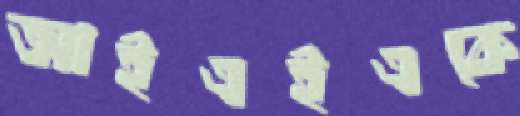
আইএইএকে